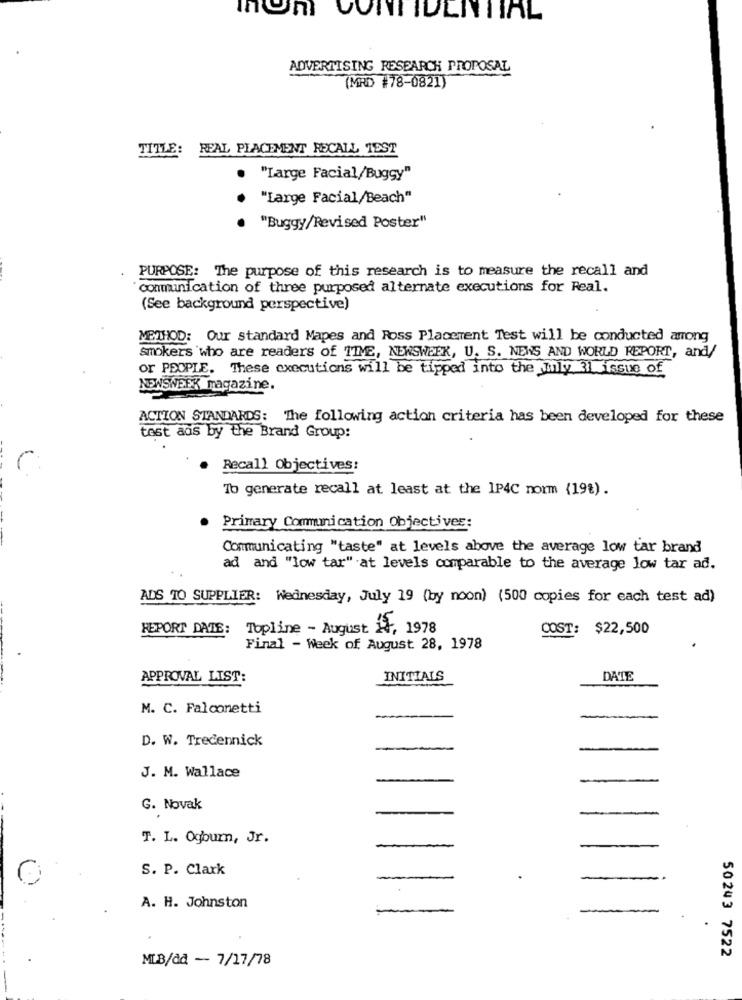
ADVERTISING RESEARCH PROPOSAL
(MRD #78-0821)
TITLE:
REAL PLACEMENT RECALL TEST
"Large Facial/Buggy"
"Large Facial/Beach"
"Buggy/Revised Poster"
PURPOSE: The purpose of this research is to measure the recall and
communication of three purposed alternate executions for Real.
(See background perspective)
METHOD: Our standard Mapes and Ross Placement Test will be conducted among
smokers 'who are readers of TIME, NEWSWEEK, U. S. NEWS AND WORLD REPORT, and/
or PEOPLE. These executions will be tipped into the mily 31 issue of
NEWSWEEK magazine.
ACTION STANDARDS: The following action criteria has been developed for these
test ads by the Brand Group:
Recall Objectives:
To generate recall at least at the 1P4C norm (19%).
Primary Communication Objectives:
Communicating "taste" at levels above the average low tar brand
ad and "low tar" at levels comparable to the average low tar ad.
ADS TO SUPPLIER: Wednesday, July 19 (by noon) (500 copies for each test ad)
REPORT DATE: Topline - August 1, 1978
COST: $22,500
Final - Week of August 28, 1978
APPROVAL LIST:
INITIALS
DATE
M. C. Falconetti
D. W. Trecennick
J. M. Wallace
G. Novak
T. L. Ogburn, Jr.
S. P. Clark
A. H. Johnston
50243 7522
MLB/dd - 7/17/78